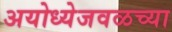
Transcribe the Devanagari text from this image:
अयोध्येजवळच्या